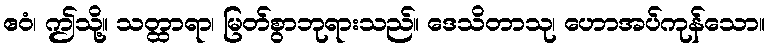
ဧဝံ၊ ဤသို့။ သတ္ထာရာ၊ မြတ်စွာဘုရားသည်။ ဒေသိတာသု၊ ဟောအပ်ကုန်သော။